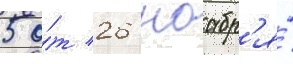
5 о́т 26 ноабр'я́